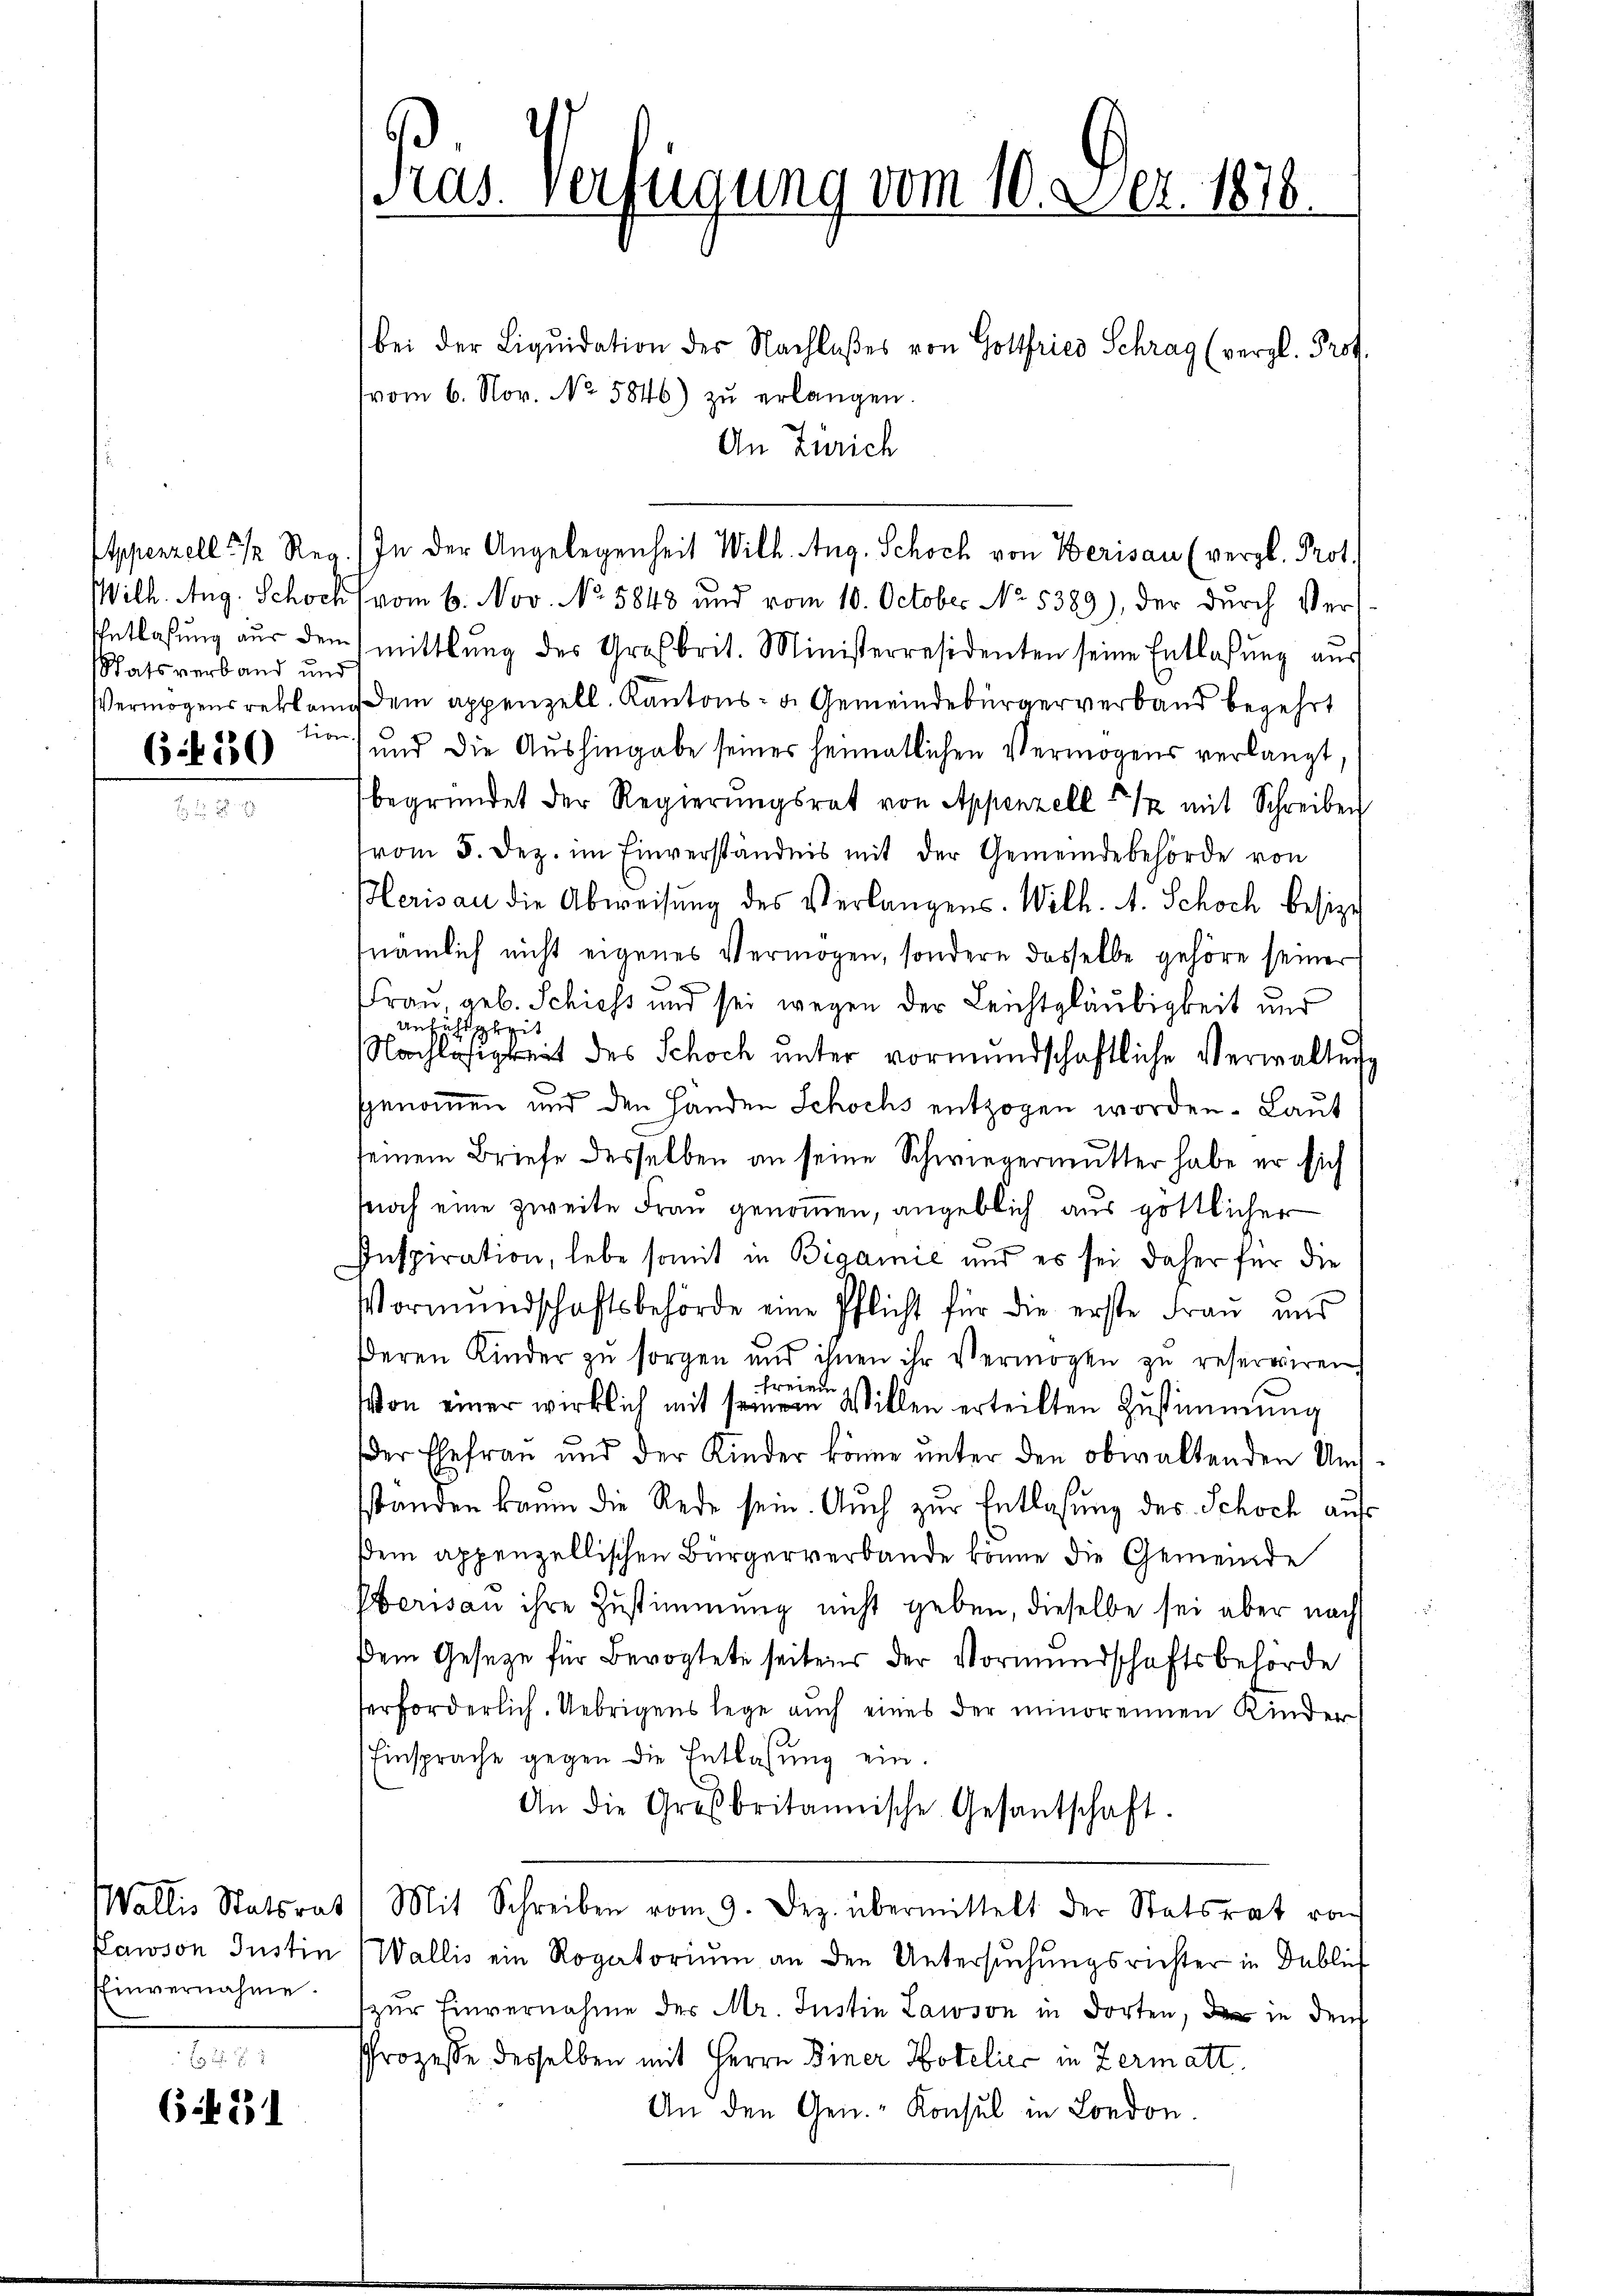
Appenzell 1/2 Reg.
Wilh. Aug. Schoch
Entlaßung aus dem
Satsverband und
Vermögensrekkom
libe

6 f 150

Wallis Statsrat
Pawson Justin
Einvernahme.

E
6.21

Pras. verfügung vom 10. Dez. 1878.

bei der Liqŭidation des Nachlaßes von Gottfried Schrag (vergl. Prof.
vom 6. Nov. No. 5846) zŭ erlangen.
An Zürich
vom 6. Nov. No. 5848 und vom 10. October No. 5389), der durch Vermittlung des Großbrit. Ministerresidenten seine Entlassŭng aus
dem appenzell. Kantons- u. Gemeindebürgerverband begehrt
und die Aushingabe seines heimatlichen Vermögens verlangt,
begründet der Regierŭngsrat von Appenzell 5 1/2 mit Schreiben
vom 5. Dez. im Einverständnis mit der Gemeindebehörde von
lerisau die Abweisung des Verlangens. Wilh. A. Schoch besize
nämlich nicht eigenes Vermögen, sondern dasselbe gehöre seiner
Frau, geb. Schiess und sei wegen der Leichtgläubigkeit und
Anfahigkeit
Nachlosigkeit des Schoch unter vormundschaftliche Verwalten
e
sgenommen und den Händen Schochs entzogen worden. Laut
seinem Briefe desselben an seine Schwiegermutter habe er sich
snoch eine zweite Frau genommen, angeblich aus göttlicher
Inspiration, lebe somit in Biaamie und es sei daher für die
Vormundschaftsbehörde eine Pflicht für die erste Frau uns
deren Kinder zŭ sorgen und ihnen ihr Vermögen zu reserviren
freien
Von einer wirklich mit seinem Willen erteilten Zustimmung
der Ehefrau und der Kinder könne ŭnter den obwaltenden Ums-
sstanden kaum die Rede sein. Auch zur Entlassung des Schoch auf
sem appenzellischen Bürgerverbande könne die Gemeinde
Oberisau ihre Zustimmung nicht geben, dieselbe sei aber nach
dem Gesetze für Bevogtete seitens der Vormundschaftsbehörde
erforderlich. Uebrigens lege auch eines der minorennen Kinder
Einsprache gegen die Entlassŭng ein.
An die Großbritannische Gesantschaft.
Mit Schreiben vom 9. Dez. übermittelt der Statsrat von
Wallis ein Rogatorium an den Untersuchungsrichter in Dublich
zur Einvernahme der Mr. Justin Laison in dorten, den in den
Prozesse desselben mit Herrn Diner Hotelier in Zermatt.
An den Gen.- Konsul in London

In der Angelegenheit Wilh. Aug. Schoch von Berisau (vergl. Prot.